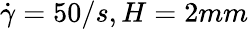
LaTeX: \dot{\gamma}=50/s,H=2mm